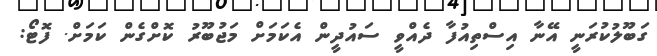
ގަބޫލުކުރަނީ އޭނާ އިސްތިއުފާ ދެއްވީ ސައުދީން އެކަމަށް މަޖުބޫރު ކޮށްގެން ކަމަށް. ފޮޓޯ: